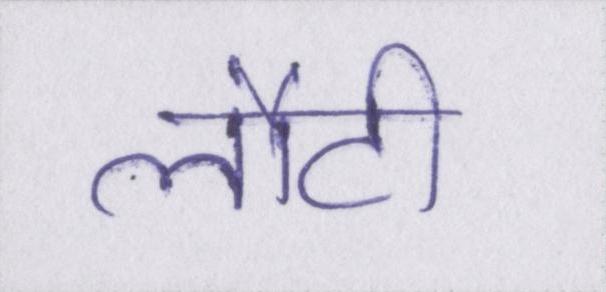
लौटी